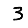
Digit: 3